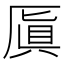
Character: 厧